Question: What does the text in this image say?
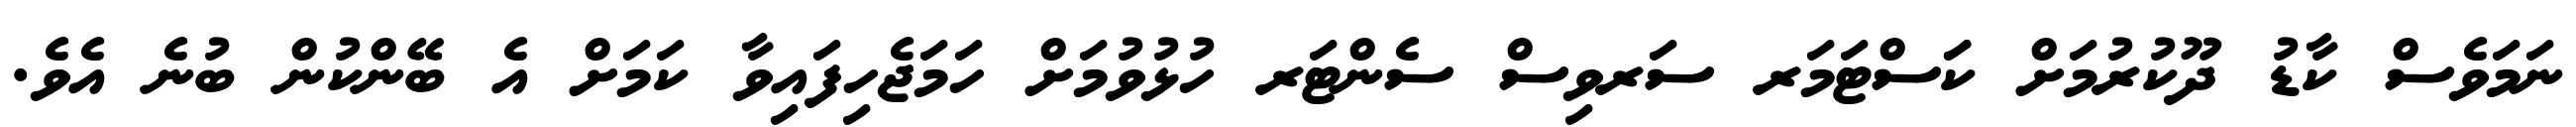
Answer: ނަމަވެސް ކާޑު ދޫކުރުމަށް ކަަސްޓަމަރ ސަރވިސް ސެންޓަރ ހުޅުވުމަށް ހަމަޖެހިފައިވާ ކަމަށް އެ ބޭންކުން ބުނެ އެވެ.